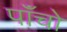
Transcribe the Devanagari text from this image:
पाॅंचो